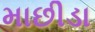
માછીડા